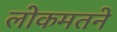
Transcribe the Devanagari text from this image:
लोकमतने